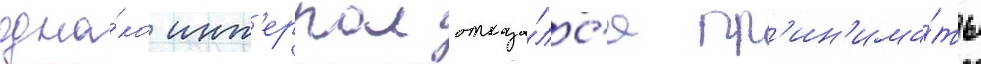
одна́ко инт'ерпол отказа́лс'я пр'ин'има́ть